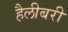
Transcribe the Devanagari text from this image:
हैलीबरी